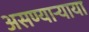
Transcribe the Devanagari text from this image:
असण्यार्‍याया